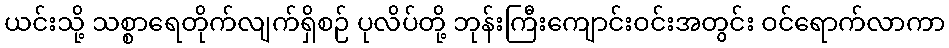
ယင်းသို့ သစ္စာရေတိုက်လျက်ရှိစဉ် ပုလိပ်တို့ ဘုန်းကြီးကျောင်းဝင်းအတွင်း ဝင်ရောက်လာကာ